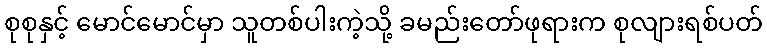
စုစုနှင့် မောင်မောင်မှာ သူတစ်ပါးကဲ့သို့ ခမည်းတော်ဖုရားက စုလျားရစ်ပတ်